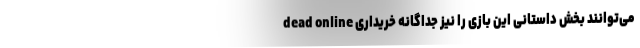
dead online می‌توانند بخش داستانی این بازی را نیز جداگانه خریداری